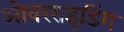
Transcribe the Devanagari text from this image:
ओवरराइडिंग